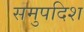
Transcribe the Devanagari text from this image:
समुपदिश